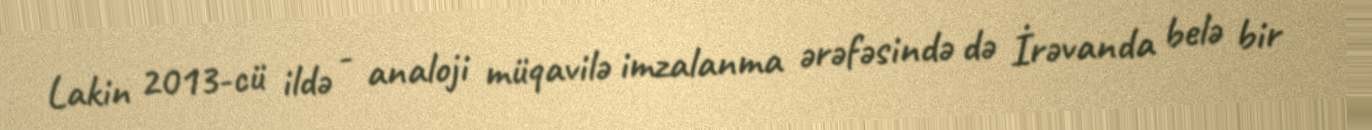
Lakin 2013-cü ildə - analoji müqavilə imzalanma ərəfəsində də İrəvanda belə bir